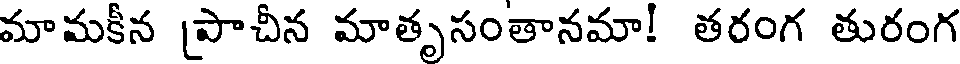
మామకీన [పాచీన మాతృసంతానమా! తరంగ తురంగ